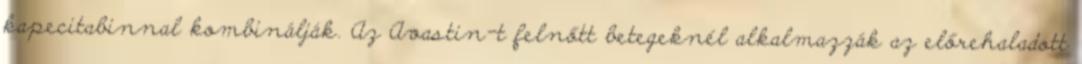
kapecitabinnal kombinálják. Az Avastin-t felnőtt betegeknél alkalmazzák az előrehaladott